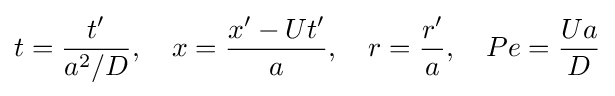
t={\frac {t'}{a^{2}/D}},\quad x={\frac {x'-Ut'}{a}},\quad r={\frac {r'}{a}},\quad Pe={\frac {Ua}{D}}